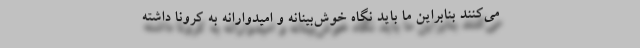
می‌کنند بنابراین ما باید نگاه خوش‌بینانه و امیدوارانه به کرونا داشته